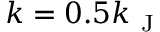
k = 0 . 5 k _ { \mathrm { ~ J ~ } }